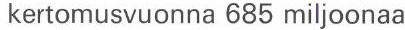
kertomusvuonna 685 miljoonaa